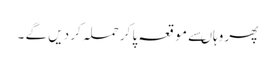
پھر وہاںسے مو قعہ پا کر حملہ کر دیں گے ۔